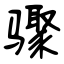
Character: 骤